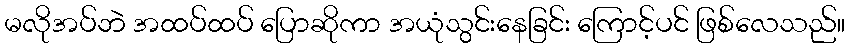
မလိုအပ်ဘဲ အထပ်ထပ် ပြောဆိုကာ အယုံသွင်းနေခြင်း ကြောင့်ပင် ဖြစ်လေသည်။